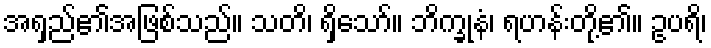
အရှည်၏အဖြစ်သည်။ သတိ၊ ရှိသော်။ ဘိက္ခုနံ၊ ရဟန်းတို့၏။ ဥပရိ၊